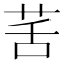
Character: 䒷